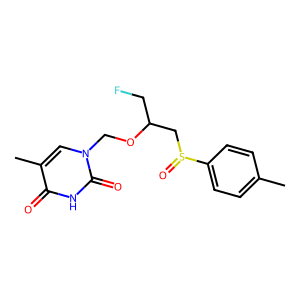
SMILES: Cc1ccc(S(=O)CC(CF)OCn2cc(C)c(=O)[nH]c2=O)cc1
Inhibits HIV replication: No